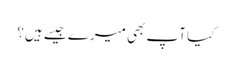
کیا آپ بھی میرے جیسے ہیں؟